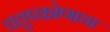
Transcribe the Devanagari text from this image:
चतुष्कोणाचा